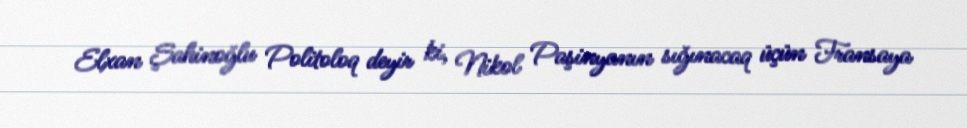
Elxan Şahinoğlu Politoloq deyir ki, Nikol Paşinyanın sığınacaq üçün Fransaya